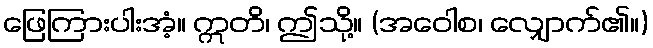
ဖြေကြားပါးအံ့။ ဣတိ၊ ဤသို့။ (အဝေါစ၊ လျှောက်၏။)